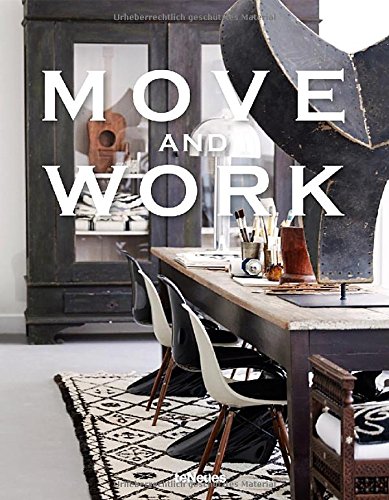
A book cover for Move and Work; Malene Birger; Arts & Photography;